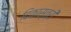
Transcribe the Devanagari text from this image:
दिकास्तरी